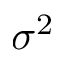
\sigma ^ { 2 }